Report of the Indian Hemp Drugs Commission, 1894-1895 - Volume III
Year: 1894
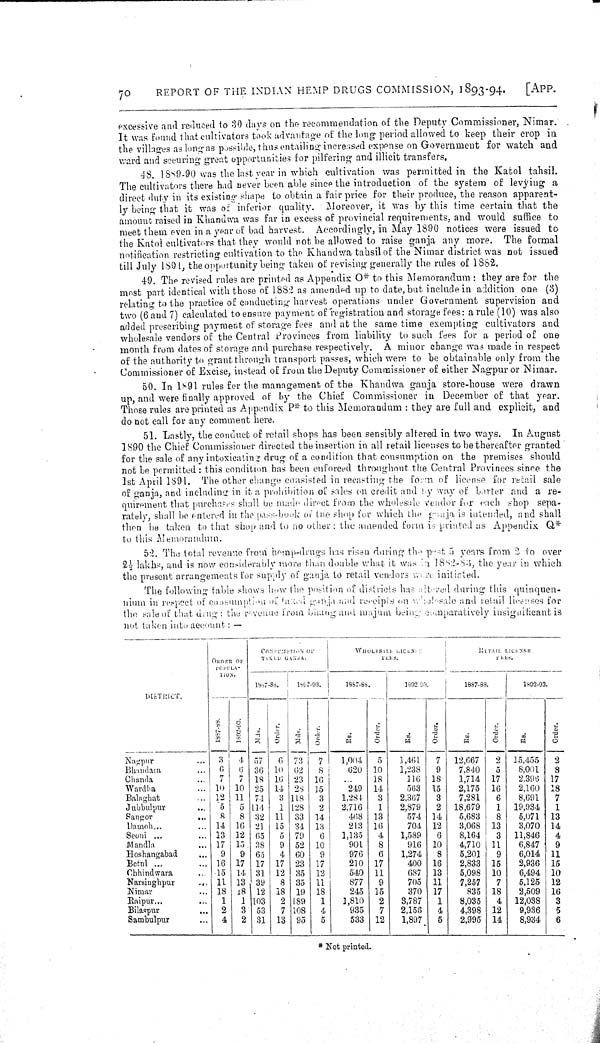
70
REPORT OF THE INDIAN HEMP DRUGS COMMISSION, 1893-94.
[APP.
excessive and reduced to 30 days on the recommendation of the Deputy Commissioner, Nimar.
It was found that cultivators took advantage of the long period allowed to keep their crop in
the villages as long as possible, thus entailing increased expense on Government for watch and
ward and securing great opportunities for pilfering and illicit transfers.
48. 1889-90 was the last year in which cultivation was permitted in the Katol tahsil.
The cultivators there had never been able since the introduction of the system of levying a
direct duty in its existing shape to obtain a fair price for their produce, the reason apparent-
ly being that it was of inferior quality. Moreover, it was by this time certain that the
amount raised in Khandwa was far in excess of provincial requirements, and would suffice to
meet them even in a year of bad harvest. Accordingly, in May 1890 notices were issued to
the Katol cultivators that they would not be allowed to raise ganja any more. The formal
notification restricting cultivation to the Khandwa tahsil of the Nimar district was not issued
till July 1891, the opportunity being taken of revising generally the rules of 1882.
49. The revised rules are printed as Appendix O* to this Memorandum: they are for the
most part identical with those of 1882 as amended up to date, but include in addition one (3)
relating to the practice of conducting harvest operations under Government supervision and
two (6 and 7) calculated to ensure payment of registration and storage fees: a rule (10) was also
added prescribing payment of storage fees and at the same time exempting cultivators and
wholesale vendors of the Central Provinces from liability to such fees for a period of one
month from dates of storage and purchase respectively. A minor change was made in respect
of the authority to grant through transport passes, which were to be obtainable only from the
Commissioner of Excise, instead of from the Deputy Commissioner of either Nagpur or Nimar.
50. In 1891 rules for the management of the Khandwa ganja store-house were drawn
up, and were finally approved of by the Chief Commissioner in December of that year.
Those rules are printed as Appendix P* to this Memorandum: they are full and explicit, and
do not call for any comment here.
51. Lastly, the conduct of retail shops has been sensibly altered in two ways. In August
1890 the Chief Commissioner directed the insertion in all retail licenses to be thereafter granted
for the sale of any intoxicating drug of a condition that consumption on the premises should
not be permitted: this condition has been enforced throughout the Central Provinces since the
1st April 1891. The other change consisted in recasting the form of license for retail sale
of ganja, and including in it a prohibition of sales on credit and by way of barter and a re-
quirement that purchases shall be made direct from the wholesale vendor for each shop sepa-
rately, shall be entered in the pass-book of the shop for which the ganja is intended, and shall
then be taken to that shop and to no other: the amended form is printed as Appendix Q*
to this Memorandum.
52. The total revenue from hemp-drugs has risen during the past 5 years from 2 to over
21/2 lakhs, and is now considerably more than double what it was in 1882-83, the year in which
the present arrangements for supply of ganja to retail vendors were initiated.
The following table shows how the position of districts has altered during this quinquen-
nium in respect of consumption of taxed ganja and receipts on wholesale and retail licenses for
the sale of that drug: the revenue from bhang and majum being comparatively insignificant is
not taken into account:—
DISTRICT.
CONSUMPTION OF
TAXES GANJA.
WHOLESALE LICENSE
FEES.
RETAIL LICENSE
FEES.
DISTRICT.
ORDER
OF
POPULA-
TION
CONSUMPTION OF
TAXES GANJA.
WHOLESALE LICENSE
FEES.
RETAIL LICENSE
FEES.
DISTRICT.
ORDER
OF
POPULA-
TION
DISTRICT.
ORDER
OF
POPULA-
TION
DISTRICT.
1887-88.
1882-93.
1887-88.
1892-93.
1887-88.
1892-93.
DISTRICT.
1887-88.
1892-93.
Mds.
Order.
Mds.
Order.
Rs.
Order.
Rs.
Order.
Rs.
Order.
Rs.
Order.
Nagpur
3
4 57
6 73
7
1,004
5
1,461
7 12,667
2 15,455
2
Bhandara
6
6 36 10 62
8
620 10
1,238
9
7,840
5
8,001
8
Chanda
7
7 18 16 23 16
18
116 18
1,714 17
2,396 17
Wardha
10 10 25 14 28 15
249 14
563 15
2,175 16
2,160 18
Balaghat
12 11 74
3 118 3
1,284
3
2,367
3
7,281
6
8,691
7
Jubbulpur
5
5 114 1 128 2
2,716
1
2,879
2 18,679
1 19,934
1
Sangor
8 8 82 11 33 14
468 13
574 14
5,683
8
5,071 13
Damoh
14 16 21 15 34 13
213 16
704 12
3,068 13
3,070 14
Seoni
13 12 65
5 79
6
1,135
4
1,589
6
8,164
3 11,846
4
Mandla
17 15 38
9 52 10
901
8
916 10
4,710 11
6,847
9
Hoshangabad
9
9 65
4 60
9
976
6
1,274
8
5,201
9
6,014 11
Betnl
16 17 17 17 23 17
210 17
400 16
2,833 15
2,936 15
Chhindwara
15 14 31 12 35 13
540 11
687 13
5,098 10
6,494 10
Narsinghpur
11 13 39
8 35 11
877
9
705 11
7,257
7
5,125 12
Nimar
18 18 12 18 19 18
245 15
370 17
835 18
2,609 16
Raipur
1
1 103
2 189
1
3,810
2
3,787
1
8,035
4
12,038
3
Bilaspur
2
3 53
7 108
4
935
7 2,156 4
4,398 12
9,936
5
Sambulpur
4
2 31 13 95
5
533 12
1,897 5 2,995 14 8,934 6
* Not printed.